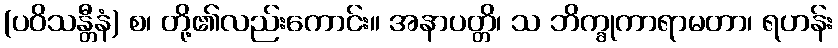
(ပဝိသန္တီနံ) စ၊ တို့၏လည်းကောင်း။ အနာပတ္တိ၊ သ ဘိက္ခုကာရာမတာ၊ ရဟန်း